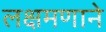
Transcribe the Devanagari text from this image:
लक्षमणाने